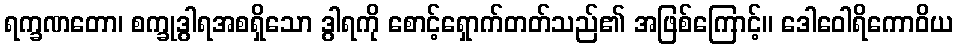
ရက္ခဏတော၊ စက္ခုဒွါရအစရှိသော ဒွါရကို စောင့်ရှောက်တတ်သည်၏ အဖြစ်ကြောင့်။ ဒေါဝေါရိကောဝိယ